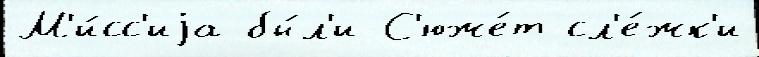
М'и́сс'иjа бы́л'и С'юже́т сл'е́жк'и